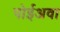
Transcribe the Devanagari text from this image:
पोईअवा